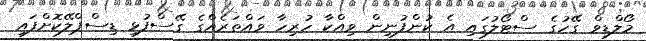
މޯލްޑިވް ގޭހުގެ ސްޓޯލުގައި އެ ކުންފުނިން ވިއްކާ ހުރިހާ ވައްތަރެއްގެ ގޭސްފުޅި ޑިސްޕްލޭކޮށްފައި